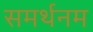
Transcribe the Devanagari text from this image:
समर्थनम